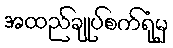
အထည်ချုပ်စက်ရုံမှ